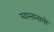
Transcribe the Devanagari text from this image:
ग्वान्तानामो